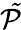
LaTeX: \mathcal{\tilde{P}}